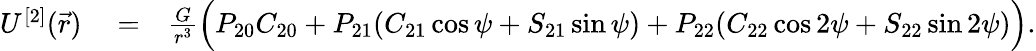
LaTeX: \begin{array}{rlr}{U^{[2]}(\vec{r})}&{{}=}&{\frac{G}{r^{3}}\Big(P_{20}C_{20}+P_{21}(C_{21}\cos\psi+S_{21}\sin\psi)+P_{22}(C_{22}\cos 2\psi+S_{22}\sin 2\psi)\Big).}\end{array}